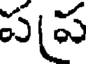
పప